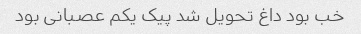
خب بود داغ تحویل شد پیک یکم عصبانی بود